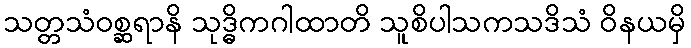
သတ္တသံဝစ္ဆရာနိ သုဒ္ဓိကဂါထာတိ သူစိပါသကသဒိသံ ဝိနယမှိ